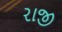
રાજી